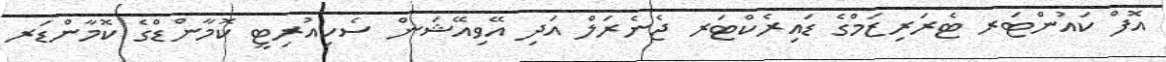
އޮފް ކައުންޓަރ ޓެރަރިޒަމްގެ ޑައިރެކްޓަރ ޖެނެރަލް އަދި އޭވިއޭޝަން ސެކިއުރިޓީ ކޮމާންޑްގެ ކޮމާންޑަރ